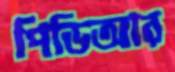
পিডিআর